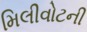
મિલીવોટની